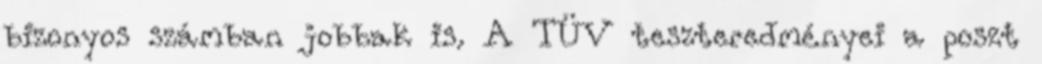
bizonyos számban jobbak is. A TÜV teszteredményei a poszt